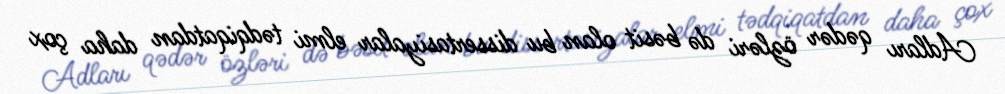
Adları qədər özləri də bəsit olan bu dissertasiyalar elmi tədqiqatdan daha çox